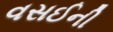
વસઈની